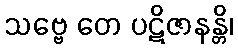
သဗ္ဗေ တေ ပဋိဇာနန္တိ၊